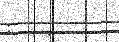
: